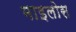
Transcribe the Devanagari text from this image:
माइलोस